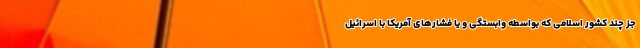
جز چند کشور اسلامی که بواسطه وابستگی و یا فشارهای آمریکا با اسرائیل